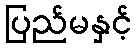
ပြည်မနှင့်